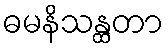
ဓမနိသန္ထတာ